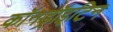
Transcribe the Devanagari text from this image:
कॉनड्रॉइटिन